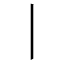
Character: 丨